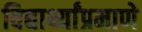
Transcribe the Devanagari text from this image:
विद्यार्थ्यांप्रमाणे